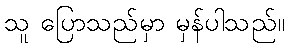
သူ ပြောသည်မှာ မှန်ပါသည်။